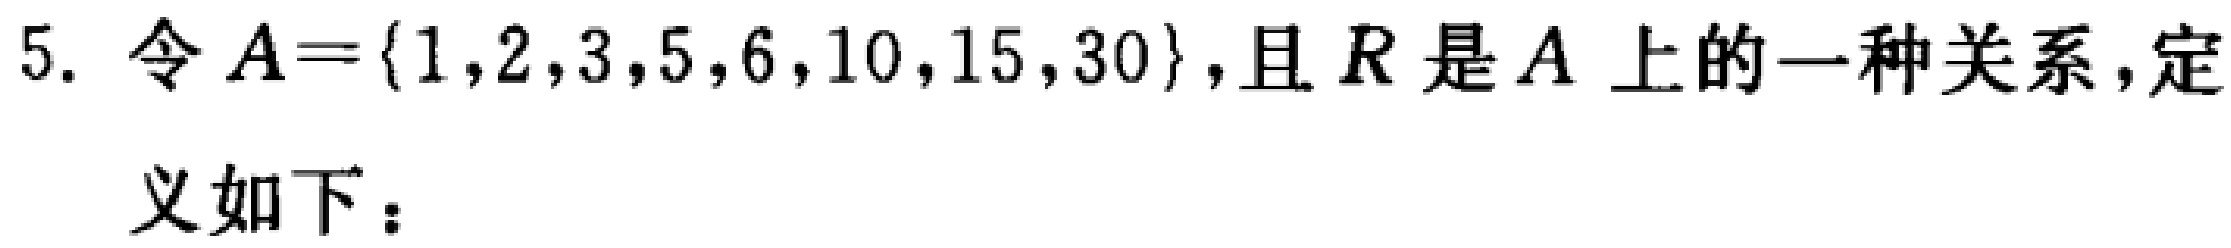
5. 令 \(A = \{1,2,3,5,6,10,15,30\}\)，且 \(R\) 是 \(A\) 上的一种关系，定
义如下：